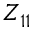
Z _ { 1 1 }